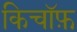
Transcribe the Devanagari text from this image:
किचॉफ़